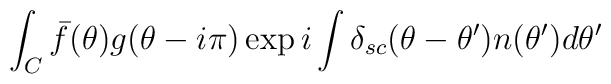
\int_{C}\bar{f}(\theta )g(\theta -i\pi )\exp i\int \delta _{sc}(\theta-\theta ^{\prime })n(\theta ^{\prime })d\theta ^{\prime }